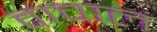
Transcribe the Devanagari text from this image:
वाचालं